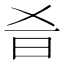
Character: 𣅎